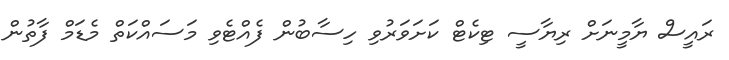
ރައީސް ޔާމީނަށް ރިޔާސީ ޓިކެޓް ކަށަވަރުވި ހިސާބުން ފެއްޓެވި މަސައްކަތް މެޑަމް ފާތުން